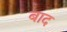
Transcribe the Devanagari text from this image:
बाद